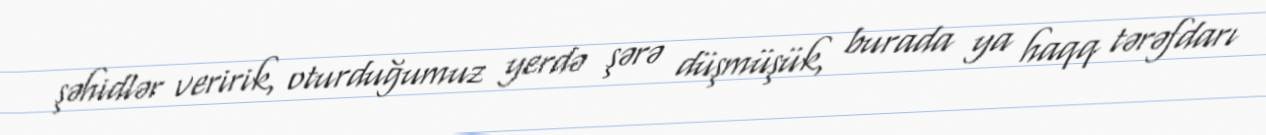
şəhidlər veririk, oturduğumuz yerdə şərə düşmüşük, burada ya haqq tərəfdarı